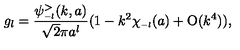
g _ { l } = \frac { \psi _ { \scriptscriptstyle { - l } } ^ { > } ( k , a ) } { \sqrt 2 \pi a ^ { l } } ( 1 - k ^ { 2 } \chi _ { \scriptscriptstyle { - l } } ( a ) + \mathrm { O } ( k ^ { 4 } ) ) ,